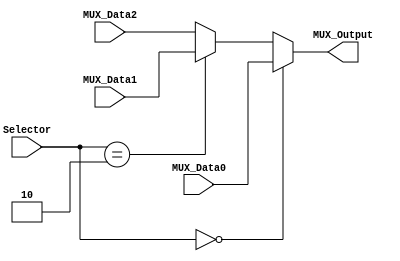
/******************************************************************
* Description
*	Mux 3to1
* Author:
*	Sergio Chung/Daniel Barragan
* Date:
*	08/07/2017
******************************************************************/

module Multiplexor3to1
#(
	parameter NBits=32
)
(
	input [1:0] Selector,
	input [NBits-1:0] MUX_Data0,
	input [NBits-1:0] MUX_Data1,
	input [NBits-1:0] MUX_Data2,
	
	output reg [NBits-1:0] MUX_Output

);

	always@(Selector,MUX_Data1,MUX_Data0) begin
		if(Selector == 'b00)
			MUX_Output = MUX_Data0;
		else if (Selector == 'b10)
			MUX_Output = MUX_Data1;
		else
			MUX_Output = MUX_Data2;
	end

endmodule